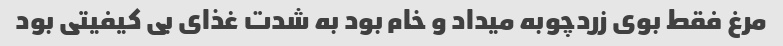
مرغ فقط بوی زردچوبه میداد و خام بود به شدت غذای بی کیفیتی بود